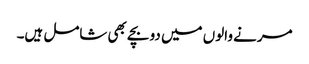
مرنے والوں میں دو بچے بھی شامل ہیں۔